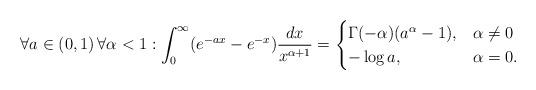
LaTeX: \begin{align*}\forall a\in(0,1)\,\forall \alpha< 1: \int_0^\infty (e^{-ax} - e^{-x})\frac{dx}{x^{\alpha+1}} =\begin{cases}\Gamma(-\alpha)(a^\alpha - 1), & \alpha \ne 0\\-\log a, & \alpha = 0.\end{cases}\end{align*}